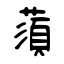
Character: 蕦